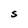
Character: S